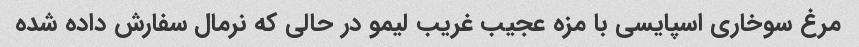
مرغ سوخاری اسپایسی با مزه عجیب غریب لیمو در حالی که نرمال سفارش داده شده